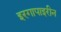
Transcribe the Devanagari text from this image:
इरगापाइरीन